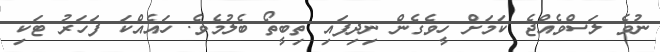
ނުވެ ލަސްވެއްޖެ ކަމަށް ހީވެގެން ނިދިފައި ތިބީތޯ ބެލުމެވެ. ހައެއްކަ ފަހަރު ޓަކި